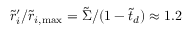
\tilde { r } _ { i } ^ { \prime } / \tilde { r } _ { i , \mathrm { { m a x } } } = \tilde { \Sigma } / ( 1 - \tilde { t } _ { d } ) \approx 1 . 2